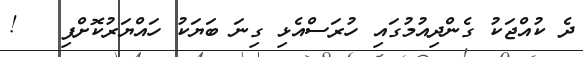
ދެ ކުއްޖަކު ގެންދިއުމުގައި ހުރަސްއެޅި ގިނަ ބަޔަކު ހައްޔަރުކޮށްފި   !